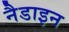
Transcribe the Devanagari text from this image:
नैडाइन